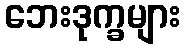
ဘေးဒုက္ခများ